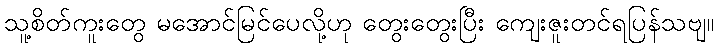
သူ့စိတ်ကူးတွေ မအောင်မြင်ပေလို့ဟု တွေးတွေးပြီး ကျေးဇူးတင်ရပြန်သဗျ။